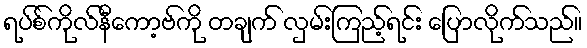
ရပ်စ်ကိုလ်နီကော့ဗ်ကို တချက် လှမ်းကြည့်ရင်း ပြောလိုက်သည်။